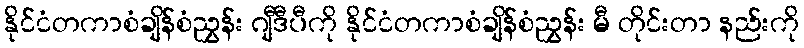
နိုင်ငံတကာစံချိန်စံညွှန်း ဂျီဒီပီကို နိုင်ငံတကာစံချိန်စံညွှန်း မီ တိုင်းတာ နည်းကို